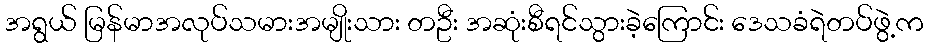
အရွယ် မြန်မာအလုပ်သမားအမျိုးသား တဦး အဆုံးစီရင်သွားခဲ့ကြောင်း ဒေသခံရဲတပ်ဖွဲ့က